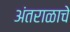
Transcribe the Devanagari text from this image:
अंतराळाचे